Trukikaitis_Postimees, lk 62
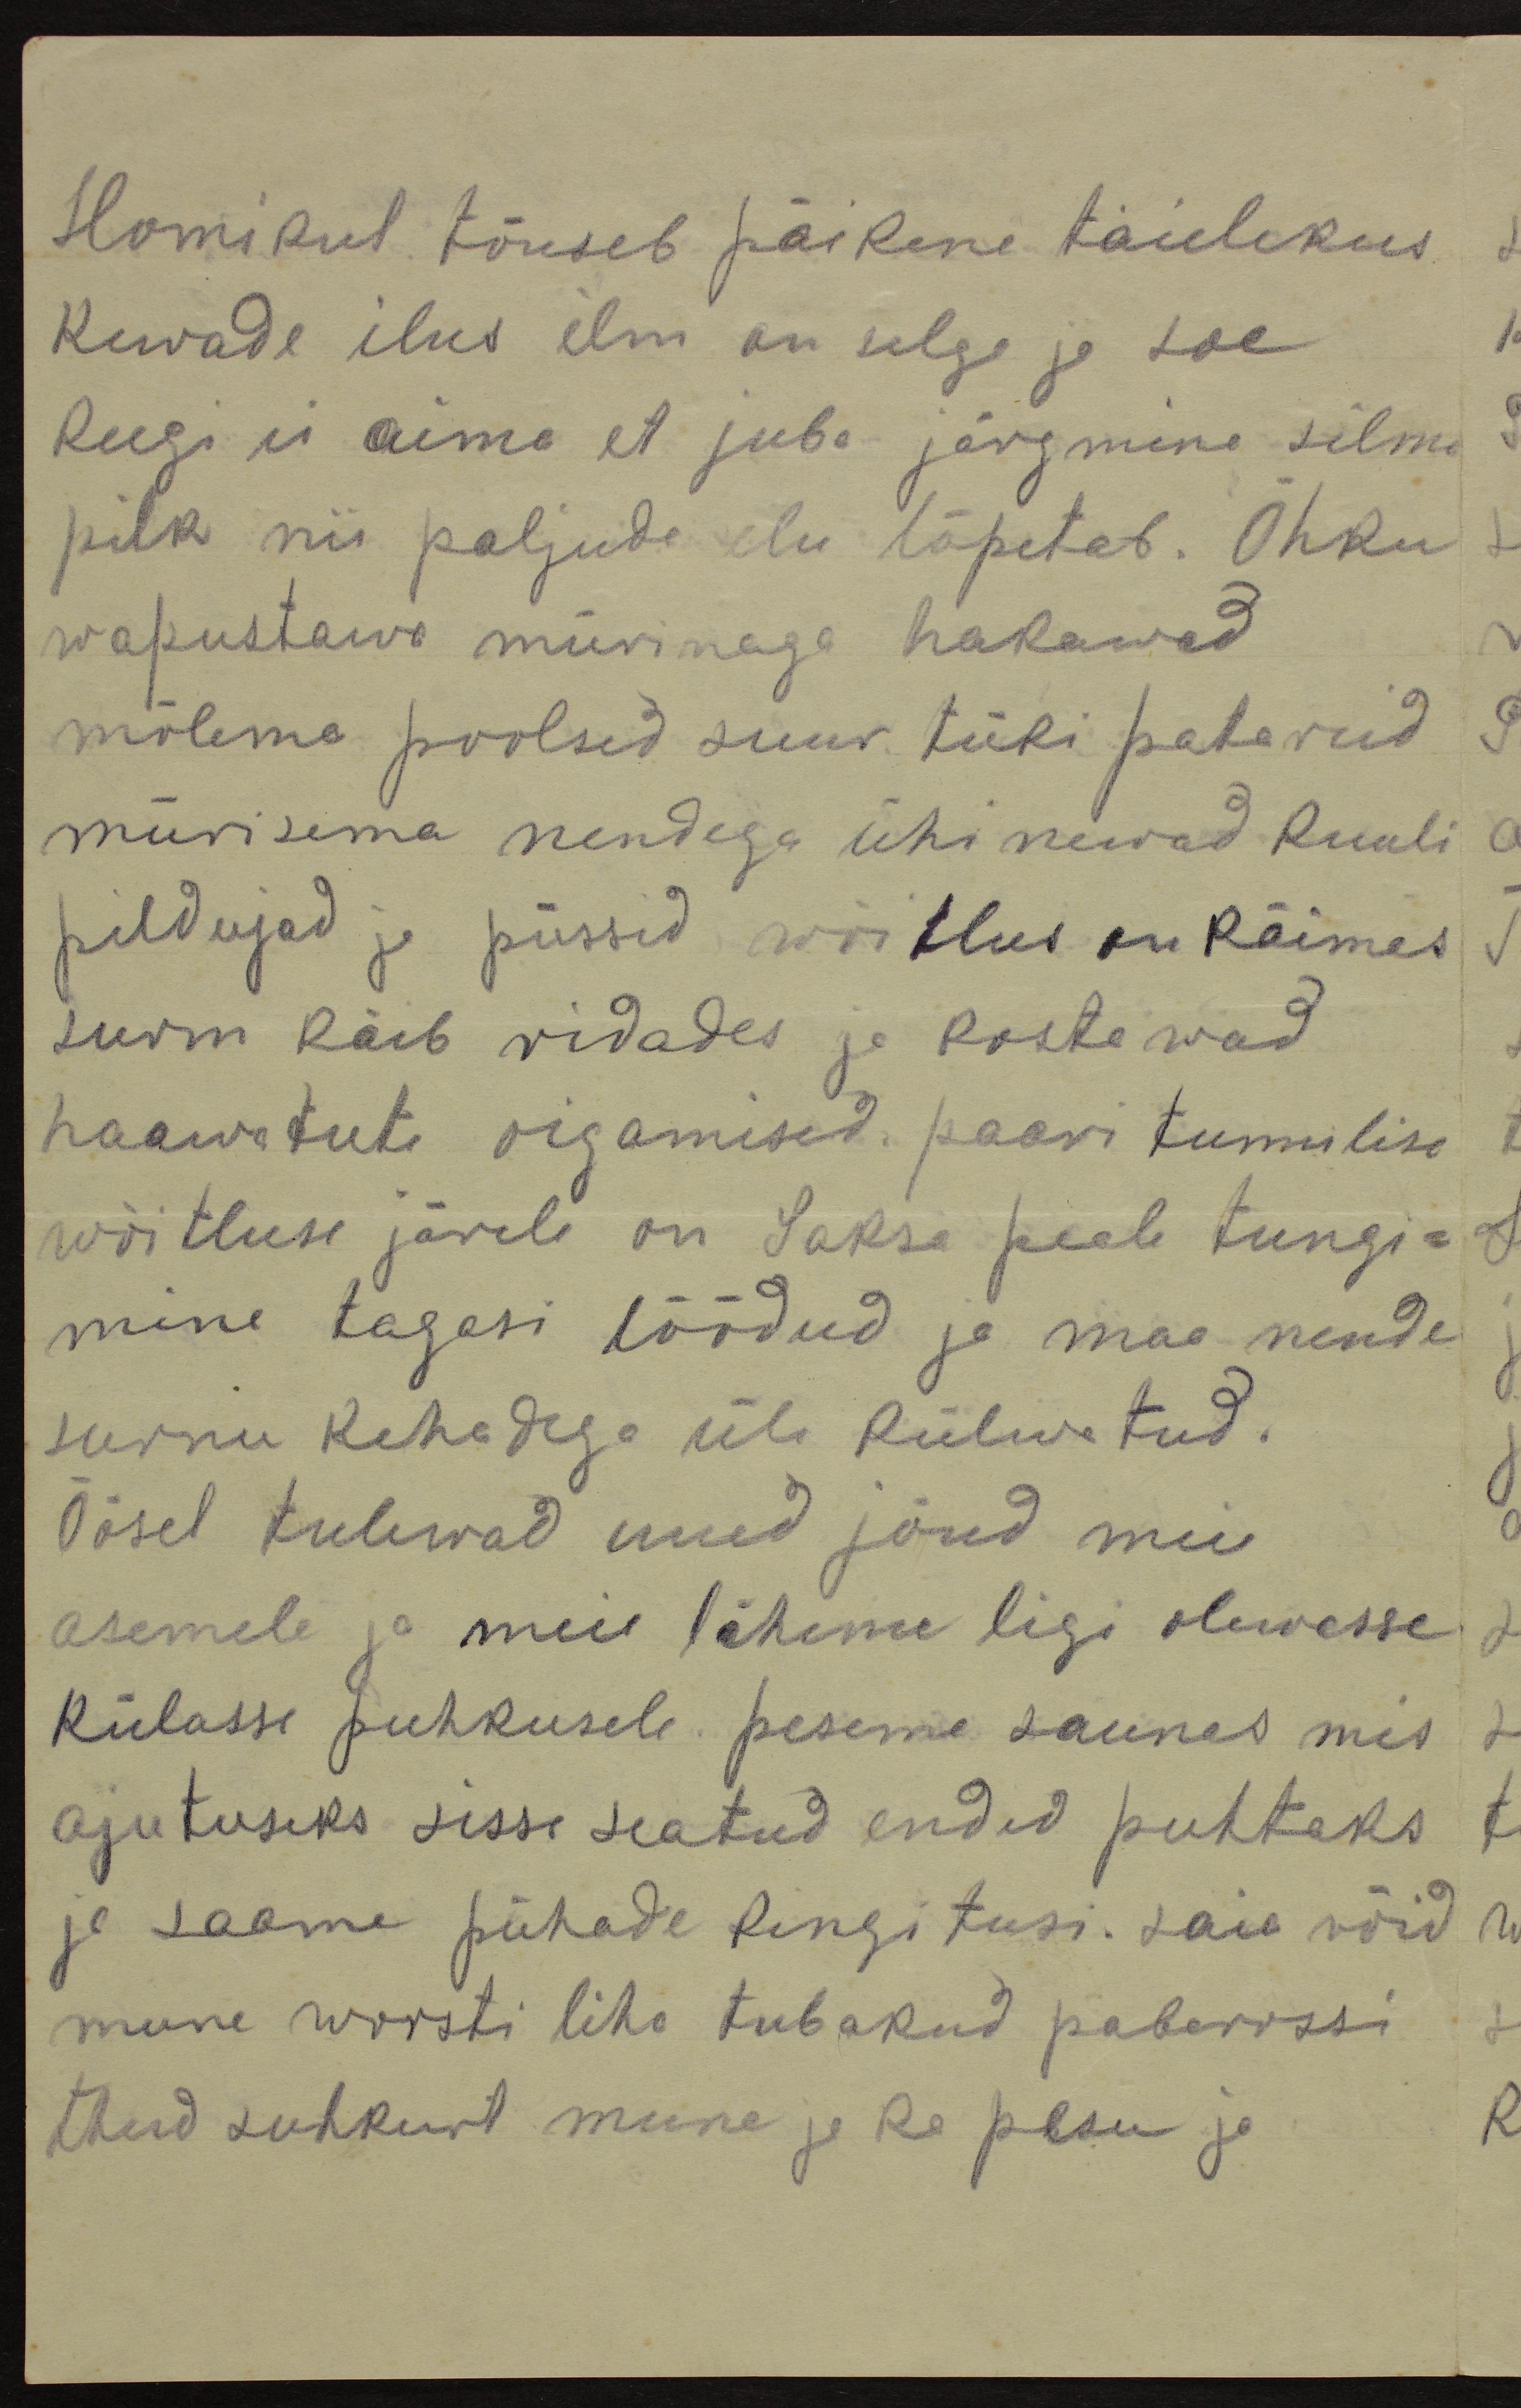
Homikul tõuseb päikene täielikus
kewade ilus ilm on selge ja soe
keegi ei aima et juba järgmine silma
pilk nii paljude elu lõpetab. Õhku
wapustawa mürinaga hakawad
mõlema poolsed suur tüki patareid
mürisema nendega ühinewad kuuli
pildujad ja püssid wõitlus on käimas
surm käib ridades ja kostawad
haawatute oigamised. paari tunnilise
wõitluse järele on Saksa peale tungi-
mine tagasi löödud ja maa nende
surnu kehadega üle külwatud.
Öösel tulewad uued jõud meie
asemele ja meie läheme ligi olewasse
külasse puhkusele. peseme saunas mis
ajutuseks sisse seatud endid puhtaks
ja saame pühade kingitusi. Saia võid
mune worsti liha tubakud paberossi
theed suhkurt mune ja ka pesu ja